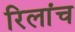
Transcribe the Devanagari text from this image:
रिलांच